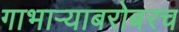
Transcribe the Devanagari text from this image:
गाभाऱ्याबरोबरच